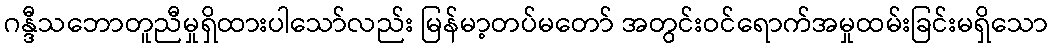
ဂန္ဒီသဘောတူညီမှုရှိထားပါသော်လည်း မြန်မာ့တပ်မတော် အတွင်းဝင်ရောက်အမှုထမ်းခြင်းမရှိသော